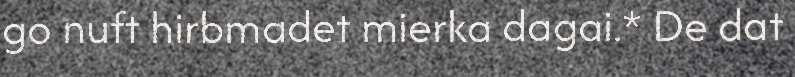
go nuft hirbmadet mierka dagai.* De dat